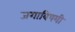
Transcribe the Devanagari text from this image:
जगाविषयी